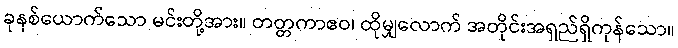
ခုနစ်ယောက်သော မင်းတို့အား။ တတ္တကာဧဝ၊ ထိုမျှလောက် အတိုင်းအရှည်ရှိကုန်သော။